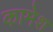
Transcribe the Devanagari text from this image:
कामेश